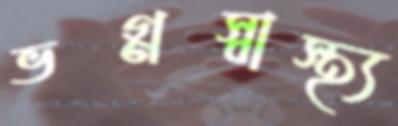
ভগ্নস্বাস্থ্য